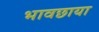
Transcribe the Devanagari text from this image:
भावछाया